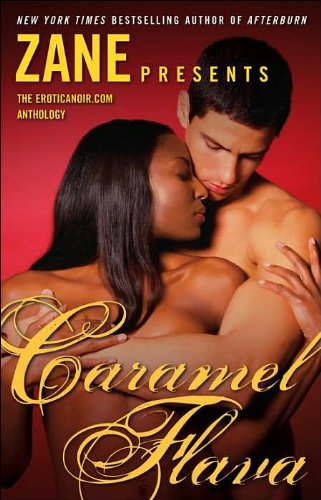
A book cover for Caramel Flava: The Eroticanoir.com Anthology; Romance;